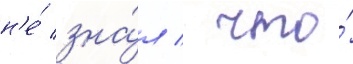
н'е́ зна́л / что́